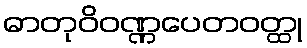
ဓာတုဝိဝဏ္ဏပေတဝတ္ထု